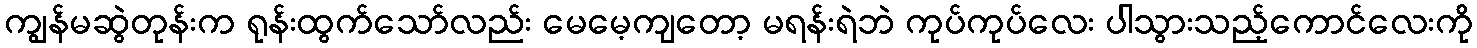
ကျွန်မဆွဲတုန်းက ရုန်းထွက်သော်လည်း မေမေ့ကျတော့ မရန်းရဲဘဲ ကုပ်ကုပ်လေး ပါသွားသည့်ကောင်လေးကို